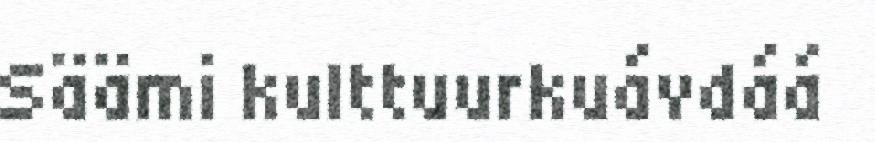
Säämi kulttuurkuávdáá